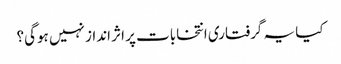
کیا یہ گرفتاری انتخابات پر اثر انداز نہیں ہوگی؟